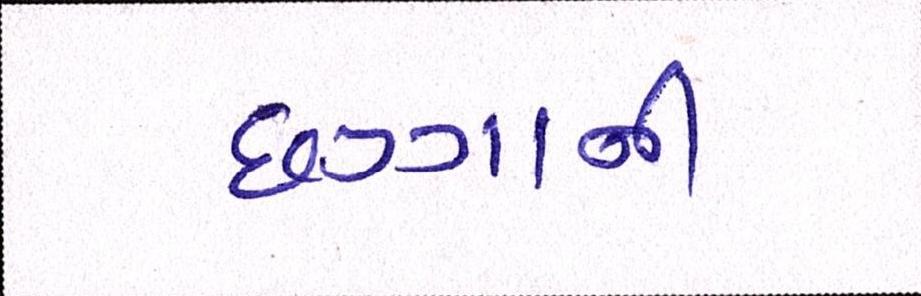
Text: છગ્ગાની